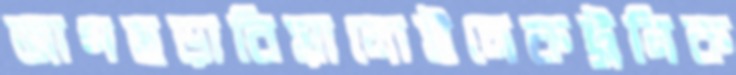
জাগছড়াবিয়ালোইলেকট্রনিক